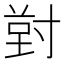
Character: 𭔸